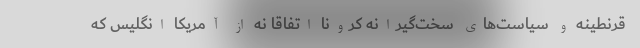
قرنطینه و سیاست‌های سخت‌گیرانه کرونا اتفاقا نه از آمریکا انگلیس که